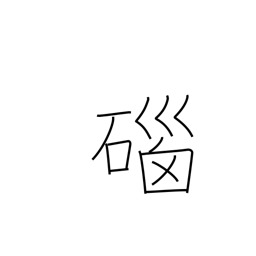
Meaning: agate